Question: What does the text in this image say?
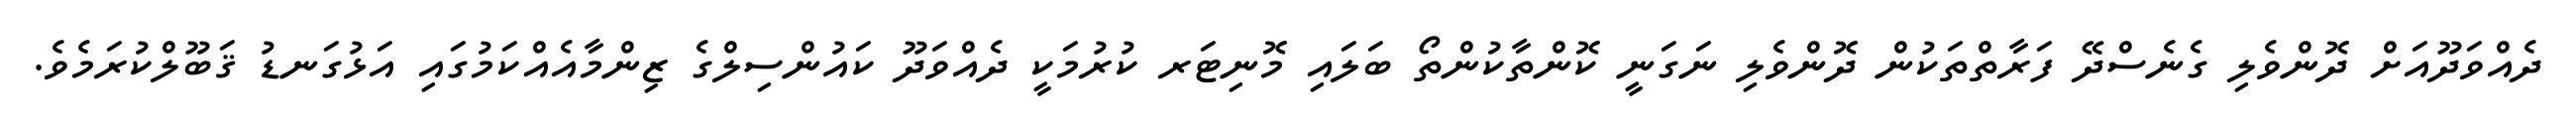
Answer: ދެއްވަދޫއަށް ދޮންވެލި ގެނެސްދޭ ފަރާތްތަކުން ދޮންވެލި ނަގަނީ ކޮންތާކުންތޯ ބަލައި މޮނިޓަރ ކުރުމަކީ ދެއްވަދޫ ކައުންސިލްގެ ޒިންމާއެއްކަމުގައި އަޅުގަނޑު ޤަބޫލްކުރަމެވެ.